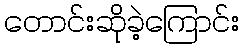
တောင်းဆိုခဲ့ကြောင်း